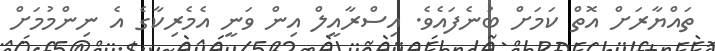
ތައްޔާރަށް އޮތް ކަމަށް ބުނެފައެވެ. އިސްރާއީލް އިން ވަނީ އެމެރިކާގެ އެ ނިންމުމަށް